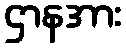
ဌာနအား